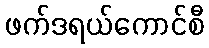
ဖက်ဒရယ်ကောင်စီ